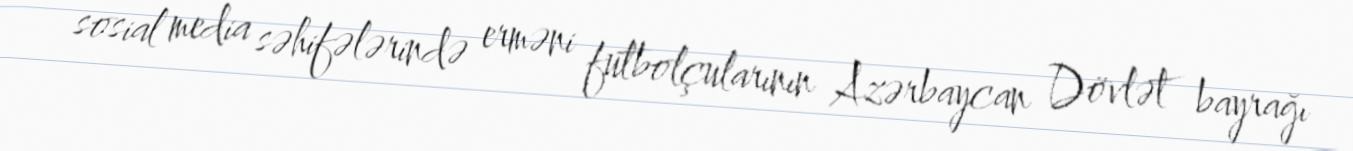
sosial media səhifələrində erməni futbolçularının Azərbaycan Dövlət bayrağı